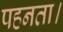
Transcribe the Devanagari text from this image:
पहनता।